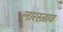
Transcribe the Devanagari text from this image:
लारस्त्राव